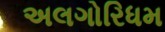
અલગોરિધમ